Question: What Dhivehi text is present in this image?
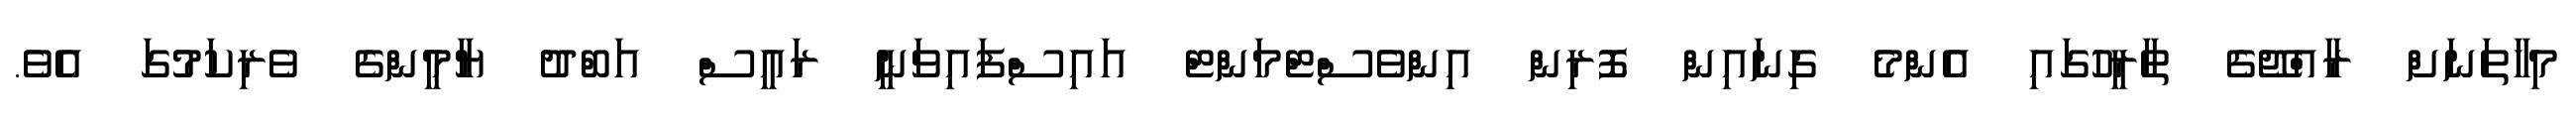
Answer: މިހާތަނަށް ރާއްޖޭގެ ތާރީހުގައި އެންމެ ގިނައިން ފޮރިން އިންވެސްޓްމަންޓް އައިސްފައިވަނީ ރައީސް އަބްދު ޔާމީންގެ ވެރިކަމުގަ އެވެ.